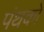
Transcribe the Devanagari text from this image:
पंथको